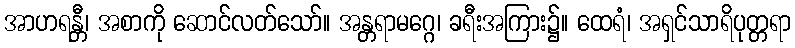
အာဟရန္တီ၊ အစာကို ဆောင်လတ်သော်။ အန္တရာမဂ္ဂေ၊ ခရီးအကြား၌။ ထေရံ၊ အရှင်သာရိပုတ္တရာ